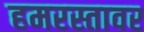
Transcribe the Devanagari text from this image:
हमरस्तावर